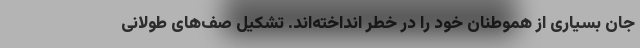
جان بسیاری از هموطنان خود را در خطر انداخته‌اند. تشکیل صف‌های طولانی